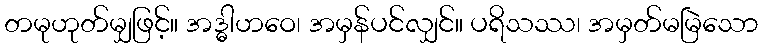
တမုဟုတ်မျှဖြင့်။ အဒ္ဓါဟဝေ၊ အမှန်ပင်လျှင်။ ပရိသဿ၊ အမှတ်မမြဲသော